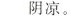
阴凉。